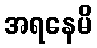
အရနေမိ